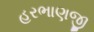
હરભાણજી